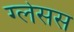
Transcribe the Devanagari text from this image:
ग्लेसस